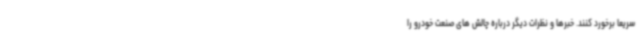
سریعا برخورد کنند. خبرها و نظرات دیگر درباره چالش های صنعت خودرو را